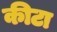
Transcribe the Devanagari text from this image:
कीटा